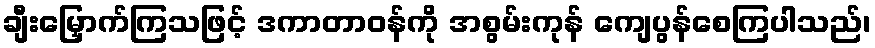
ချီးမြှောက်ကြသဖြင့် ဒကာတာဝန်ကို အစွမ်းကုန် ကျေပွန်စေကြပါသည်၊